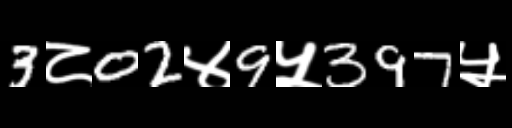
Text: 3८02४9५397५